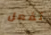
تفعل